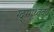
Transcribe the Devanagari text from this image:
ग्द्र्ग्ग्थ्व्॑व्॑वे